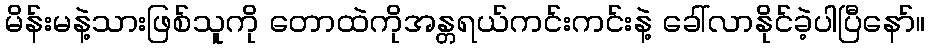
မိန်းမနဲ့သားဖြစ်သူကို တောထဲကိုအန္တရယ်ကင်းကင်းနဲ့ ခေါ်လာနိုင်ခဲ့ပါပြီနော်။